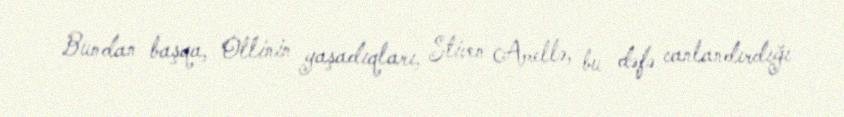
Bundan başqa, Ollinin yaşadıqları, Stiven Amellə, bu dəfə canlandırdığı